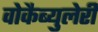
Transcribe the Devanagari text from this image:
वोकैब्युलेरी